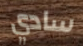
سادي